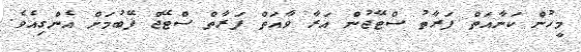
މީހުން ކަނާއަތް ފަރާތު ސްޓޭޖުން އަރާ ވާއަތް ފަރާތް ސްޓޭޖް ފޭބުމަށް އެންގިއެވެ.